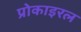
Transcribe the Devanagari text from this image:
प्रोकाइरल